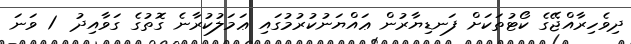
ދިވެހިރާއްޖޭގެ ކޯޓުތަކަށް ފަނޑިޔާރުން ޢައްޔަނުކުރުމުގައި ޢަމަލުކުރާނެ ގޮތުގެ ގަވާއިދު  1 ވަނަ